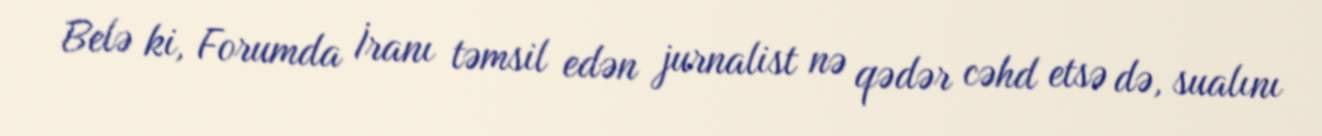
Belə ki, Forumda İranı təmsil edən jurnalist nə qədər cəhd etsə də, sualını